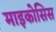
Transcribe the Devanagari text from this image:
माइकोसिस